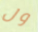
ول